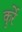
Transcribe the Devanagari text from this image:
कुर्रे